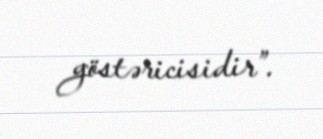
göstəricisidir”.